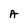
Character: A